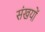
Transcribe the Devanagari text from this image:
संखयों